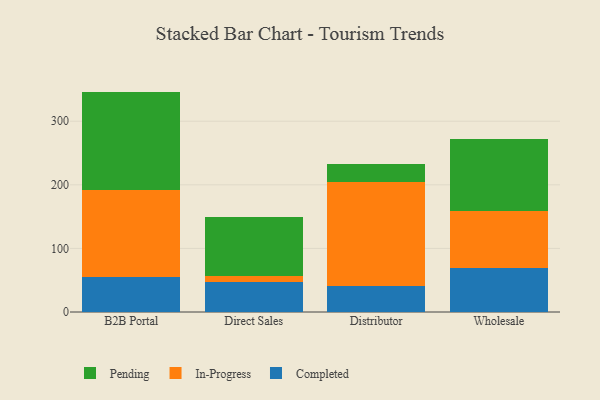
{"axis": {"x": "Channel", "y": "Inventory Turnover"}, "legend": ["Completed", "In-Progress", "Pending"], "data": [{"x": "B2B Portal", "y": 54.5, "type": "Completed"}, {"x": "B2B Portal", "y": 138.0, "type": "In-Progress"}, {"x": "B2B Portal", "y": 154.1, "type": "Pending"}, {"x": "Direct Sales", "y": 47.4, "type": "Completed"}, {"x": "Direct Sales", "y": 9.0, "type": "In-Progress"}, {"x": "Direct Sales", "y": 93.0, "type": "Pending"}, {"x": "Distributor", "y": 40.2, "type": "Completed"}, {"x": "Distributor", "y": 164.9, "type": "In-Progress"}, {"x": "Distributor", "y": 28.3, "type": "Pending"}, {"x": "Wholesale", "y": 68.8, "type": "Completed"}, {"x": "Wholesale", "y": 89.4, "type": "In-Progress"}, {"x": "Wholesale", "y": 114.2, "type": "Pending"}]}